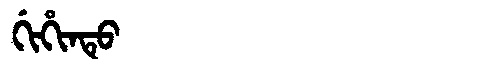
Manchu: ᡤᡳᡥᡳᠨᡨᡠ
Romanization: GIHINTU